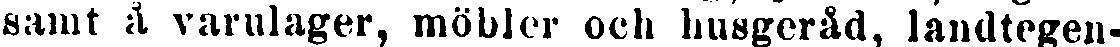
samt å varulager, möbler och husgeråd, landtegen-